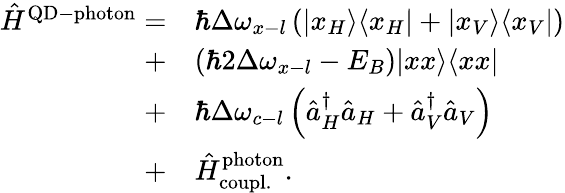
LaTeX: \begin{array}{rl}{\hat{H}^{\mathrm{QD-photon}}=}&{\hbar\Delta\omega_{x-l}\left(\vert x_{H}\rangle\langle x_{H}\vert+\vert x_{V}\rangle\langle x_{V}\vert\right)}\\ {+}&{(\hbar 2\Delta\omega_{x-l}-E_{B})\vert xx\rangle\langle xx\vert}\\ {+}&{\hbar\Delta\omega_{c-l}\left(\hat{a}_{H}^{\dagger}\hat{a}_{H}+\hat{a}_{V}^{\dagger}\hat{a}_{V}\right)}\\ {+}&{\hat{H}_{\mathrm{coupl.}}^{\mathrm{photon}}.}\end{array}